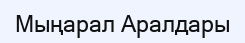
Мыңарал Аралдары